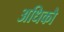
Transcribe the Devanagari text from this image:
अधिकौ